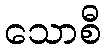
သောစီ